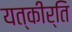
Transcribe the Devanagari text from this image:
यत्कीर्ति